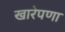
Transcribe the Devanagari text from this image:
खारेपणा